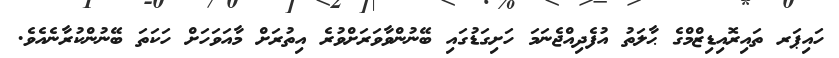
ހައިޕަރ ތައިރޮއިޑިޒްމްގެ ޙާލަތު އުފެދިއްޖެނަމަ ހަށިގަޑުގައި ބޭނުންވާވަރަށްވުރެ އިތުރަށް މާއަވަހަށް ހަކަތަ ބޭނުންކުރާނެއެވެ.